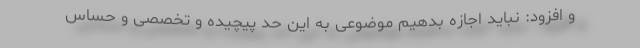
و افزود: نباید اجازه بدهیم موضوعی به این حد پیچیده و تخصصی و حساس